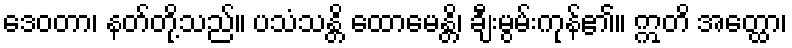
ဒေဝတာ၊ နတ်တို့သည်။ ပသံသန္တိ ထောမေန္တိ၊ ချီးမွမ်းကုန်၏။ ဣတိ အတ္ထော၊